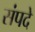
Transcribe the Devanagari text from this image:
संपदे